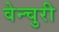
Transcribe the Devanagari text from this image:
वेन्चुरी